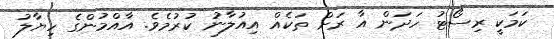
ކަމަކީ ރިސޯޓު ހަދަން އާ ރަށް ތަކެއް އިއުލާނު ކުރުމެވެ. އާއްމުންގެ ހިޔާލު